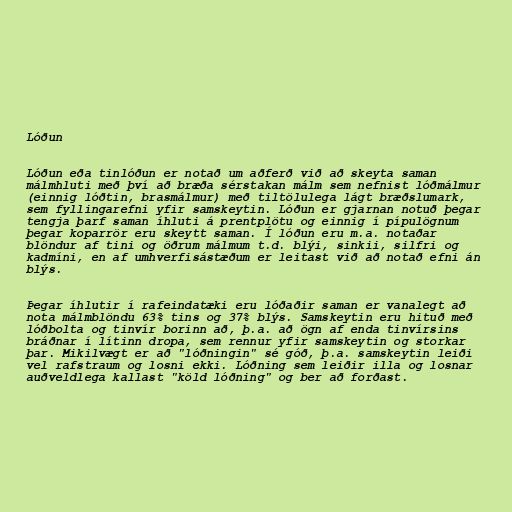
Lóðun

Lóðun eða tinlóðun er notað um aðferð við að skeyta saman
málmhluti með því að bræða sérstakan málm sem nefnist lóðmálmur
(einnig lóðtin, brasmálmur) með tiltölulega lágt bræðslumark,
sem fyllingarefni yfir samskeytin. Lóðun er gjarnan notuð þegar
tengja þarf saman íhluti á prentplötu og einnig í pípulögnum
þegar koparrör eru skeytt saman. Í lóðun eru m.a. notaðar
blöndur af tini og öðrum málmum t.d. blýi, sinkii, silfri og
kadmíni, en af umhverfisástæðum er leitast við að notað efni án
blýs.

Þegar íhlutir í rafeindatæki eru lóðaðir saman er vanalegt að
nota málmblöndu 63% tins og 37% blýs. Samskeytin eru hituð með
lóðbolta og tinvír borinn að, þ.a. að ögn af enda tinvírsins
bráðnar í lítinn dropa, sem rennur yfir samskeytin og storkar
þar. Mikilvægt er að "lóðningin" sé góð, þ.a. samskeytin leiði
vel rafstraum og losni ekki. Lóðning sem leiðir illa og losnar
auðveldlega kallast "köld lóðning" og ber að forðast.